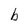
Character: b